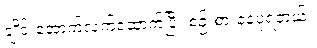
ချိုင်းအောက်လက်ထောက်ပြီး စဉ်းစားနေပုံရတယ်။